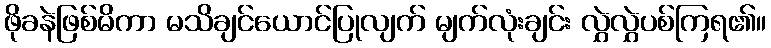
ဖိုခနဲဖြစ်မိကာ မသိချင်ယောင်ပြုလျက် မျက်လုံးချင်း လွှဲလွှဲပစ်ကြရ၏။